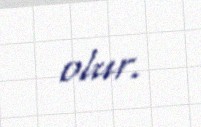
olur.